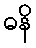
ဓနိ